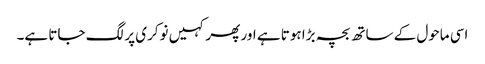
اسی ماحول کے ساتھ بچہ بڑا ہوتا ہے اور پھر کہیں نوکری پر لگ جاتا ہے۔